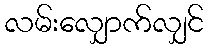
လမ်းလျှောက်လျှင်